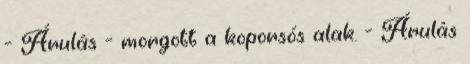
- Árulás - morgott a koporsós alak. - Árulás